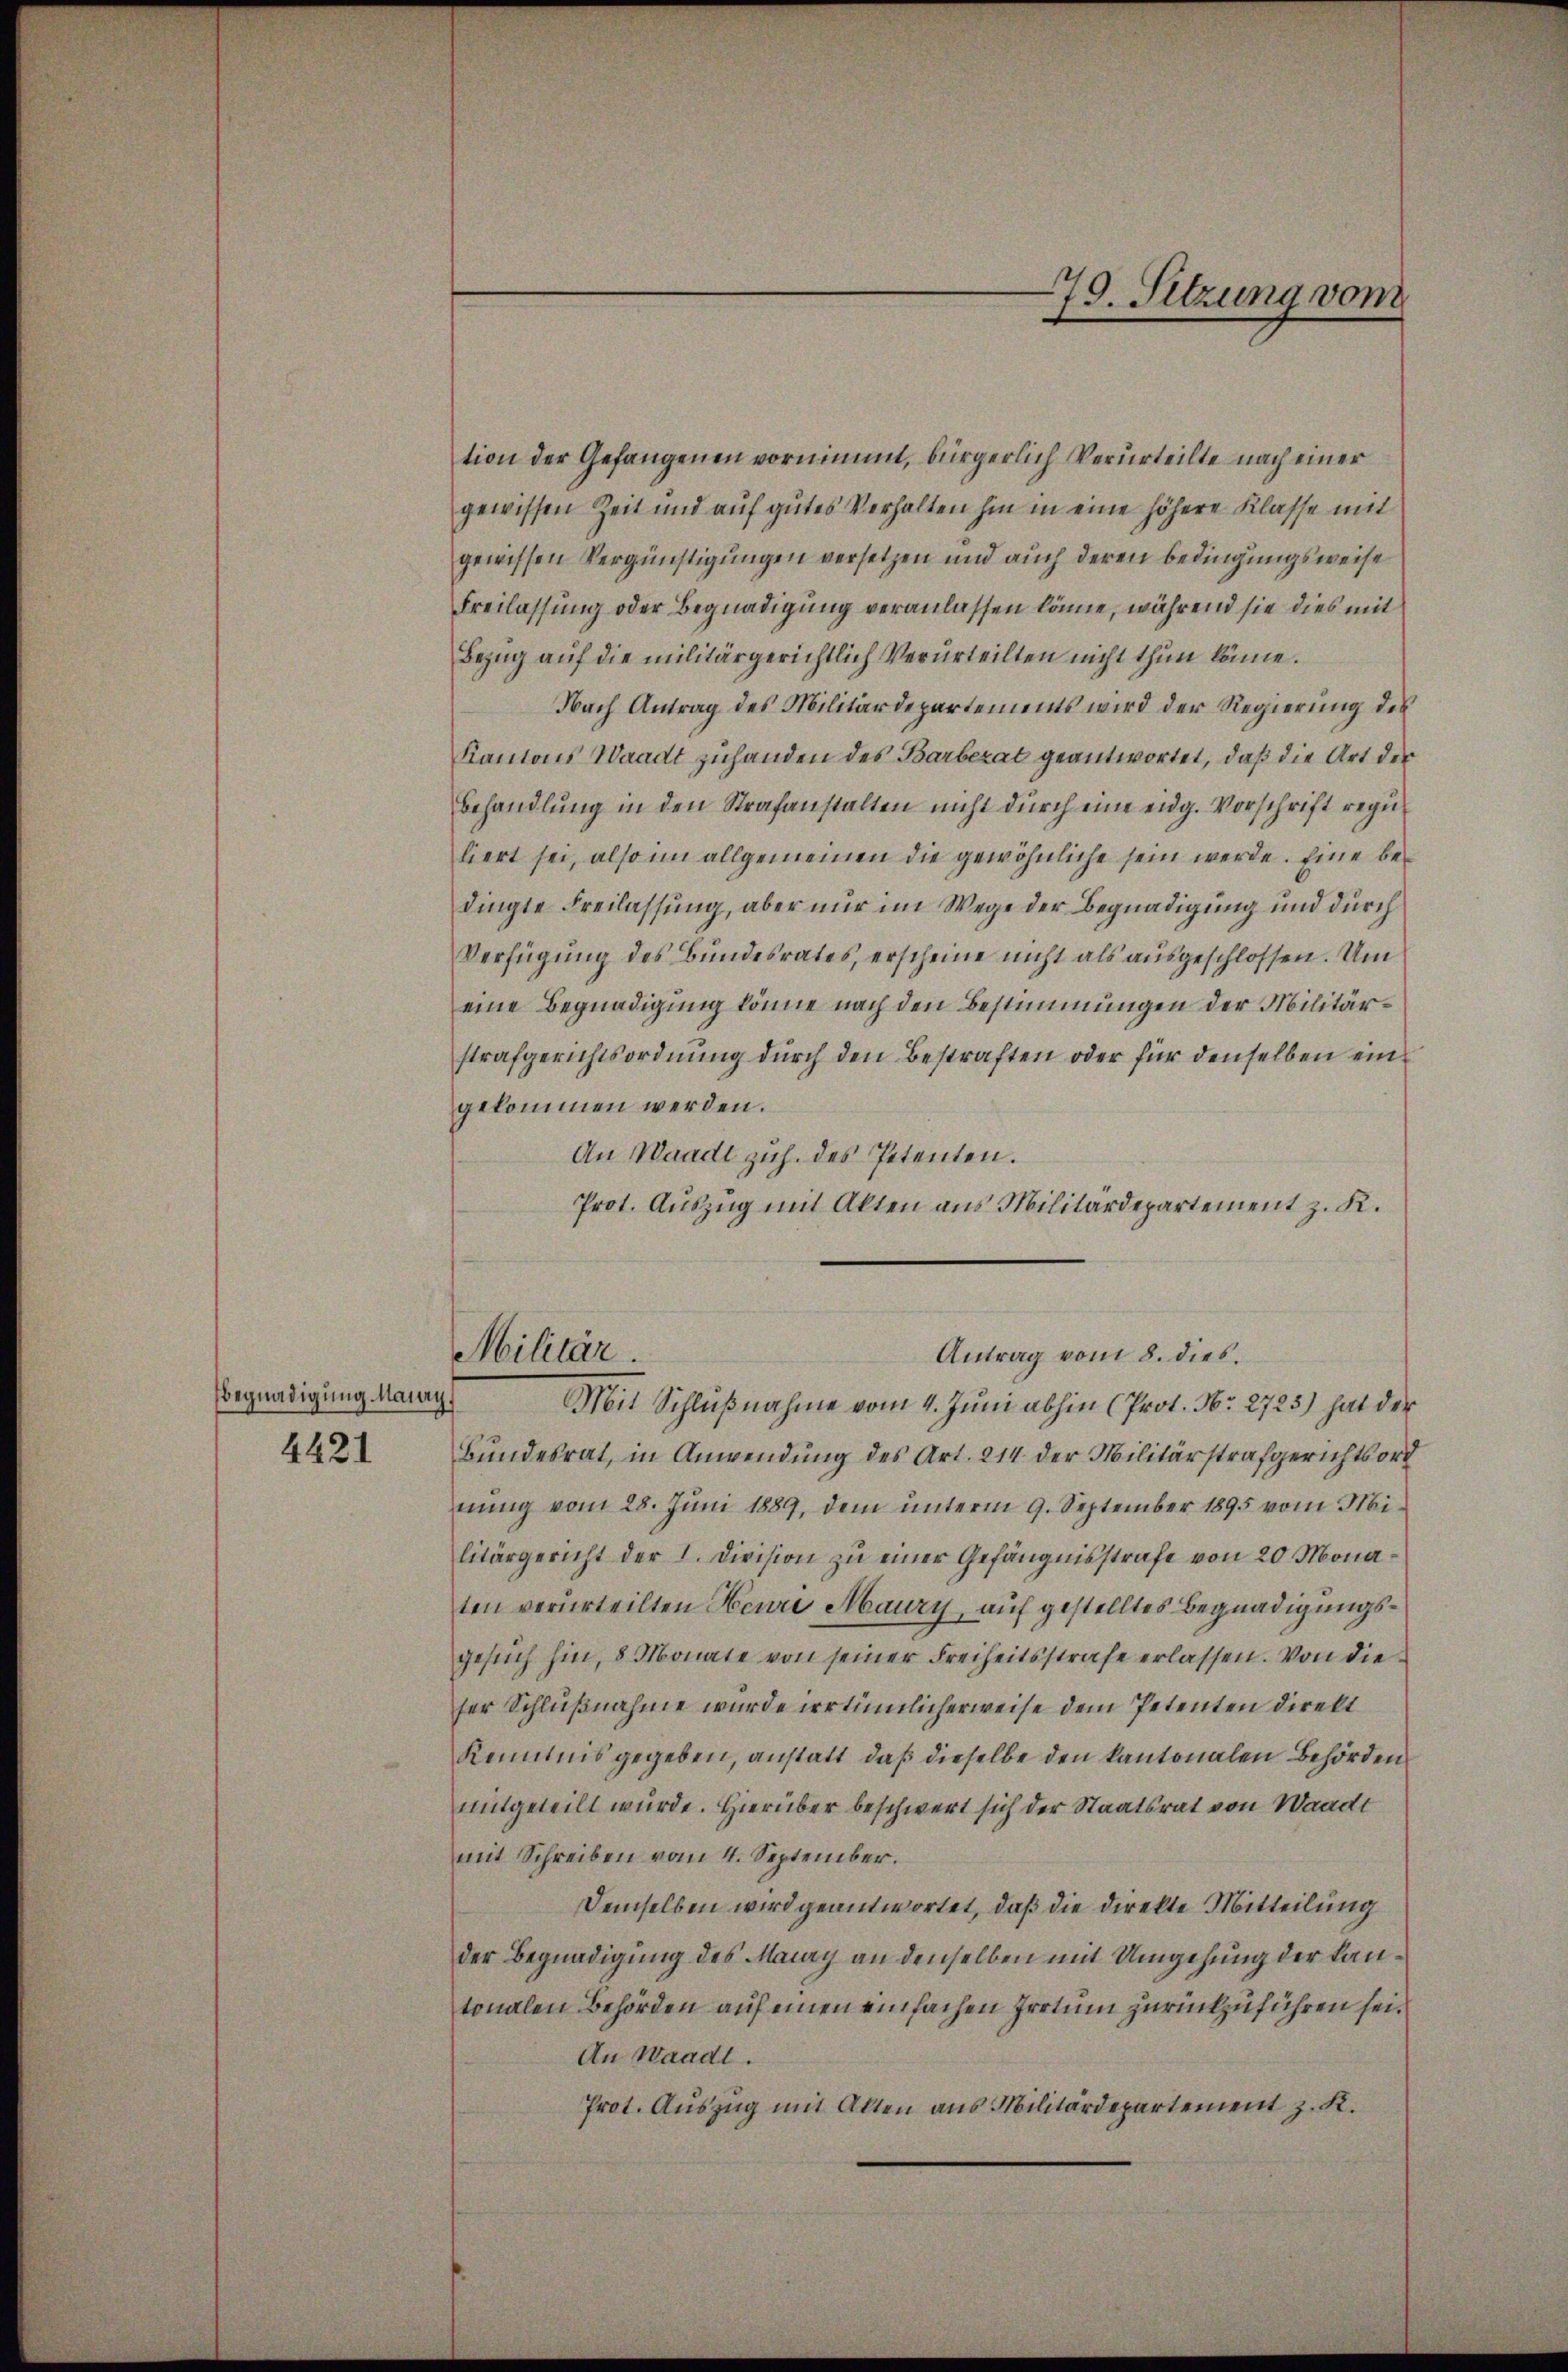
Begnadigung Maiay,

4421

tion der Gefangenen vornimmt, bürgerlich Verurteilte nach einer
gewissen Zeit und aŭf gutes Verhalten hin in eine höhere Klasse mit
gewissen Vergünstigungen versetzen und auch deren Bedingungsweise
Freilassung oder Begnadigung veranlassen könne, während sie dies mit
Bezug auf die militärgerichtlich Verurteilten nicht thun könne.
Nach Antrag des Militärdepartements wird der Regierung des
Kantons Waadt zuhanden des Barberat geantwortet, daß die Art der
Behandlung in den Strafanstalten nicht durch eine eidg. Vorschrift reguliert sei, also im allgemeinen die gewöhnliche sein werde. Eine bedingte Freilassung, aber nur im Wege der Begnadigung und durch
Verfügung des Bundesrates, erscheine nicht als ausgeschlossen. Um
eine Begnadigung könne nach den Bestimmungen der Militärstrafgerichtsordnung durch den Bestraften oder für denselben eingekommen werden.
An Waadt zuh. des Petenten.
Prot. Auszug mit Akten aus Militärdepartement z. K.
Militär.
Mit Schlußnahme vom 4. Juni abhin (Prot. Nr. 2723) hat der
Bundesrat, in Anwendung des Art. 214 der Militärstrafgerichtsord
nung vom 28. Juni 1889, dem unterm 9. September 1895 vom Militärgericht der I. Division zu einer Gefängnisstrafe von 20 Monaten verurteilten Henri Maury, auf gestelltes Begnadigungsgesuch hin, 8 Monate von seiner Freiheitsstrafe erlassen. Von die
ser Schlußnahme wurde irrtümlicherweise dem Petenten direkt
Kenntnis gegeben, anstatt, daß dieselbe den kantonalen Behörden
mitgeteilt wurde. Hierüber beschwert sich der Staatsrat von Waadt
mit Schreiben vom 4. September.
Demselben wird geantwortet, daß die direkte Mitteilung
der Begnadigung des Manay an denselben mit Umgehung der kantonalen Behörden auf einen einfachen Irrtum zurückzuführen sei.
An Waadt.
Prot. Auszug mit Alten aus Militärdepartement z. K.

Antrag vom 8. dies.

s
19. Sitzung vom